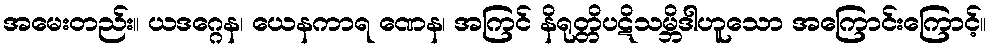
အမေးတည်း။ ယဒဂ္ဂေန၊ ယေနကာရ ဏေန၊ အကြင် နိရုတ္တိပဋိသမ္ဘိဒါဟူသော အကြောင်းကြောင့်။